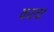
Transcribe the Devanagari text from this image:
कटवट